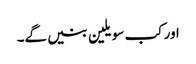
اور کب سویلین بنیں گے۔